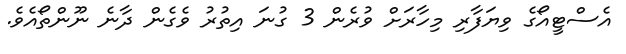
އެސްޓީއޯގެ ވިޔަފާރި މިހާރަށް ވުރެން 3 ގުނަ އިތުރު ވެގެން ދާނެ ނޫންތޯއެވެ.